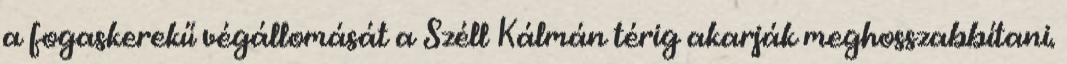
a fogaskerekű végállomását a Széll Kálmán térig akarják meghosszabbítani.